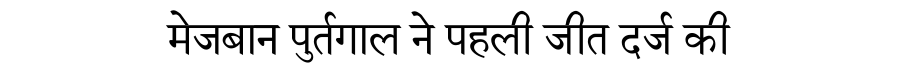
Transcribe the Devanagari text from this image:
मेजबान पुर्तगाल ने पहली जीत दर्ज की